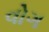
વોગ